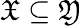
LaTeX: {\mathfrak{X}}\subseteq{\mathfrak{Y}}